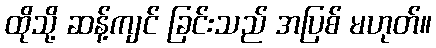
ထိုသို့ ဆန့်ကျင် ခြင်းသည် အပြစ် မဟုတ်။